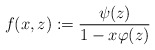
\begin{align*}f(x,z):=\frac{\psi(z)}{1-x\varphi(z)}\end{align*}